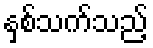
နှစ်သက်သည့်